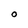
Character: O